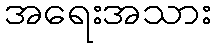
အရေးအသား